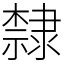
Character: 隸